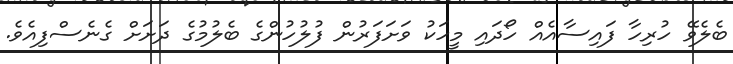
ބެލެވޭ ހުރިހާ ފައިސާއެއް ހޯދައި މީހަކު ވަށަފަރުން ފުލުހުންގެ ބެލުމުގެ ދަށަށް ގެނެސްފިއެވެ.